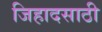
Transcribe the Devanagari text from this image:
जिहादसाठी